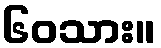
၆၀သား။